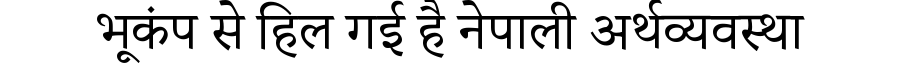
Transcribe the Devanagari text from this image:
भूकंप से हिल गई है नेपाली अर्थव्यवस्था